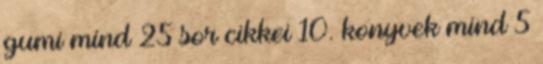
gumi mind 25 sor cikkei 10. konyvek mind 5